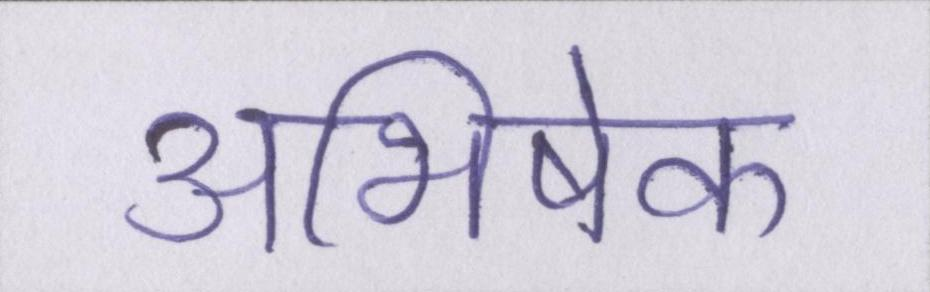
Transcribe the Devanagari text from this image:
अभिषेक